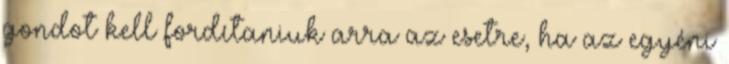
gondot kell fordítaniuk arra az esetre, ha az egyéni